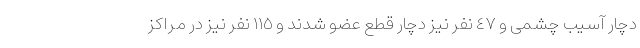
دچار آسیب چشمى و ٤٧ نفر نیز دچار قطع عضو شدند و ١١٥ نفر نیز در مراکز